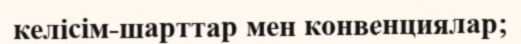
келісім-шарттар мен конвенциялар;